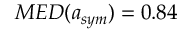
M E D ( a _ { s y m } ) = 0 . 8 4